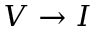
V \rightarrow I